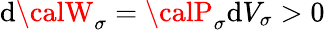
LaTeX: \mathrm{d}{\calW}_{\sigma}={\calP}_{\sigma}\mathrm{d}V_{\sigma}>0